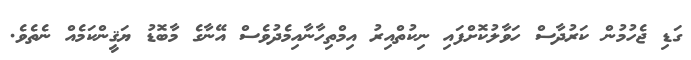
ގަޑި ޖެހުމުން ކަރުދާސް ހަވާލުކޮށްފައި ނިކުތްއިރު އިމްތިހާނާއިމެދުވެސް އޭނާގެ މާބޮޑު ޔަޤީންކަމެއް ނެތެވެ.